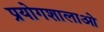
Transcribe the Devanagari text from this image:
प्रयोगशालाओ